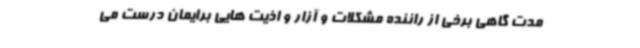
مدت گاهی برخی از راننده مشکلات و آزار و اذیت هایی برایمان درست می